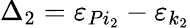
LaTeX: \Delta_{2}=\varepsilon_{Pi_{2}}-\varepsilon_{k_{2}}